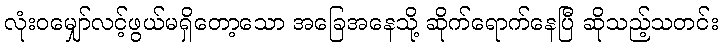
လုံးဝမျှော်လင့်ဖွယ်မရှိတော့သော အခြေအနေသို့ ဆိုက်ရောက်နေပြီ ဆိုသည့်သတင်း